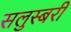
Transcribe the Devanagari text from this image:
सलुस्बरी